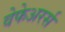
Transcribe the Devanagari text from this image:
वेफेअरर्स